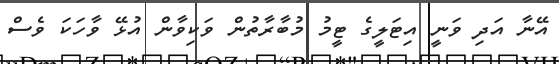
އޭނާ އަދި ވަނީ އިޓަލީގެ ޓީމު މުބާރާތުން ވަކިވާން އުޅޭ ވާހަކަ ވެސް